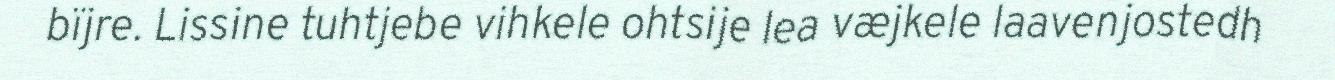
bïjre. Lissine tuhtjebe vihkele ohtsije lea væjkele laavenjostedh